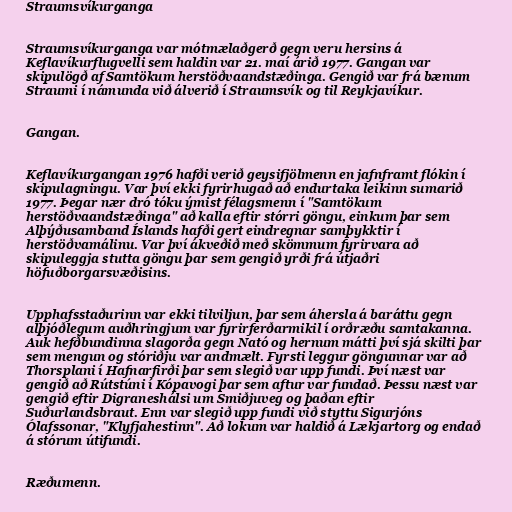
Straumsvíkurganga

Straumsvíkurganga var mótmælaðgerð gegn veru hersins á
Keflavíkurflugvelli sem haldin var 21. maí árið 1977. Gangan var
skipulögð af Samtökum herstöðvaandstæðinga. Gengið var frá bænum
Straumi í námunda við álverið í Straumsvík og til Reykjavíkur.

Gangan.

Keflavíkurgangan 1976 hafði verið geysifjölmenn en jafnframt flókin í
skipulagningu. Var því ekki fyrirhugað að endurtaka leikinn sumarið
1977. Þegar nær dró tóku ýmist félagsmenn í "Samtökum
herstöðvaandstæðinga" að kalla eftir stórri göngu, einkum þar sem
Alþýðusamband Íslands hafði gert eindregnar samþykktir í
herstöðvamálinu. Var því ákveðið með skömmum fyrirvara að
skipuleggja stutta göngu þar sem gengið yrði frá útjaðri
höfuðborgarsvæðisins.

Upphafsstaðurinn var ekki tilviljun, þar sem áhersla á baráttu gegn
alþjóðlegum auðhringjum var fyrirferðarmikil í orðræðu samtakanna.
Auk hefðbundinna slagorða gegn Nató og hernum mátti því sjá skilti þar
sem mengun og stóriðju var andmælt. Fyrsti leggur göngunnar var að
Thorsplani í Hafnarfirði þar sem slegið var upp fundi. Því næst var
gengið að Rútstúni í Kópavogi þar sem aftur var fundað. Þessu næst var
gengið eftir Digraneshálsi um Smiðjuveg og þaðan eftir
Suðurlandsbraut. Enn var slegið upp fundi við styttu Sigurjóns
Ólafssonar, "Klyfjahestinn". Að lokum var haldið á Lækjartorg og endað
á stórum útifundi.

Ræðumenn.